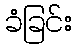
ခံခြင်း